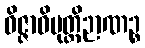
ဝိဇ္ဇာဝိမုတ္တိဉာဏဉ္စ